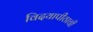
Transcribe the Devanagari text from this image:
विदयापीठाची